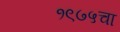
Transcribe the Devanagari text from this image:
१९७५चा